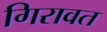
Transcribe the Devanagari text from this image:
गिरावत